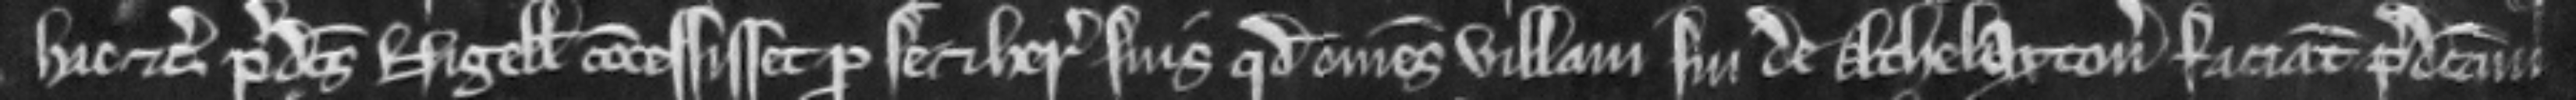
hac etc. predictus Nigellus concessisset pro se et heredibus suis quod omnes villani sui de Athelaxton faciant predictam